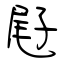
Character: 屘